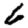
Digit: 6